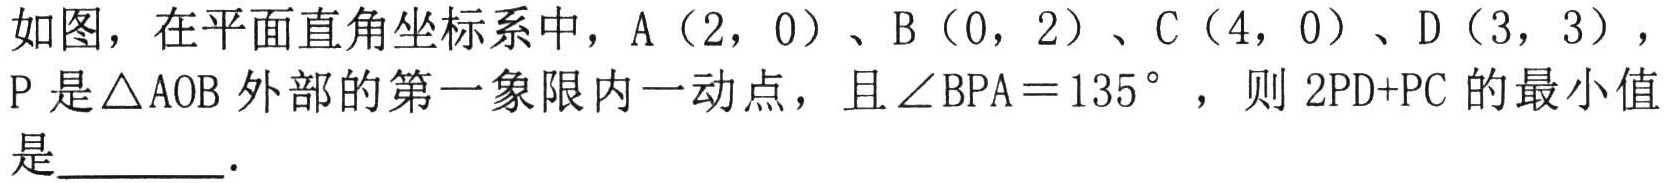
如图，在平面直角坐标系中，A（2，0）、B（0，2）、C（4，0）、D（3，3），P是△AOB外部的第一象限内一动点，且$\angle BPA = 135^{\circ}$，则$2PD + PC$的最小值是  ．